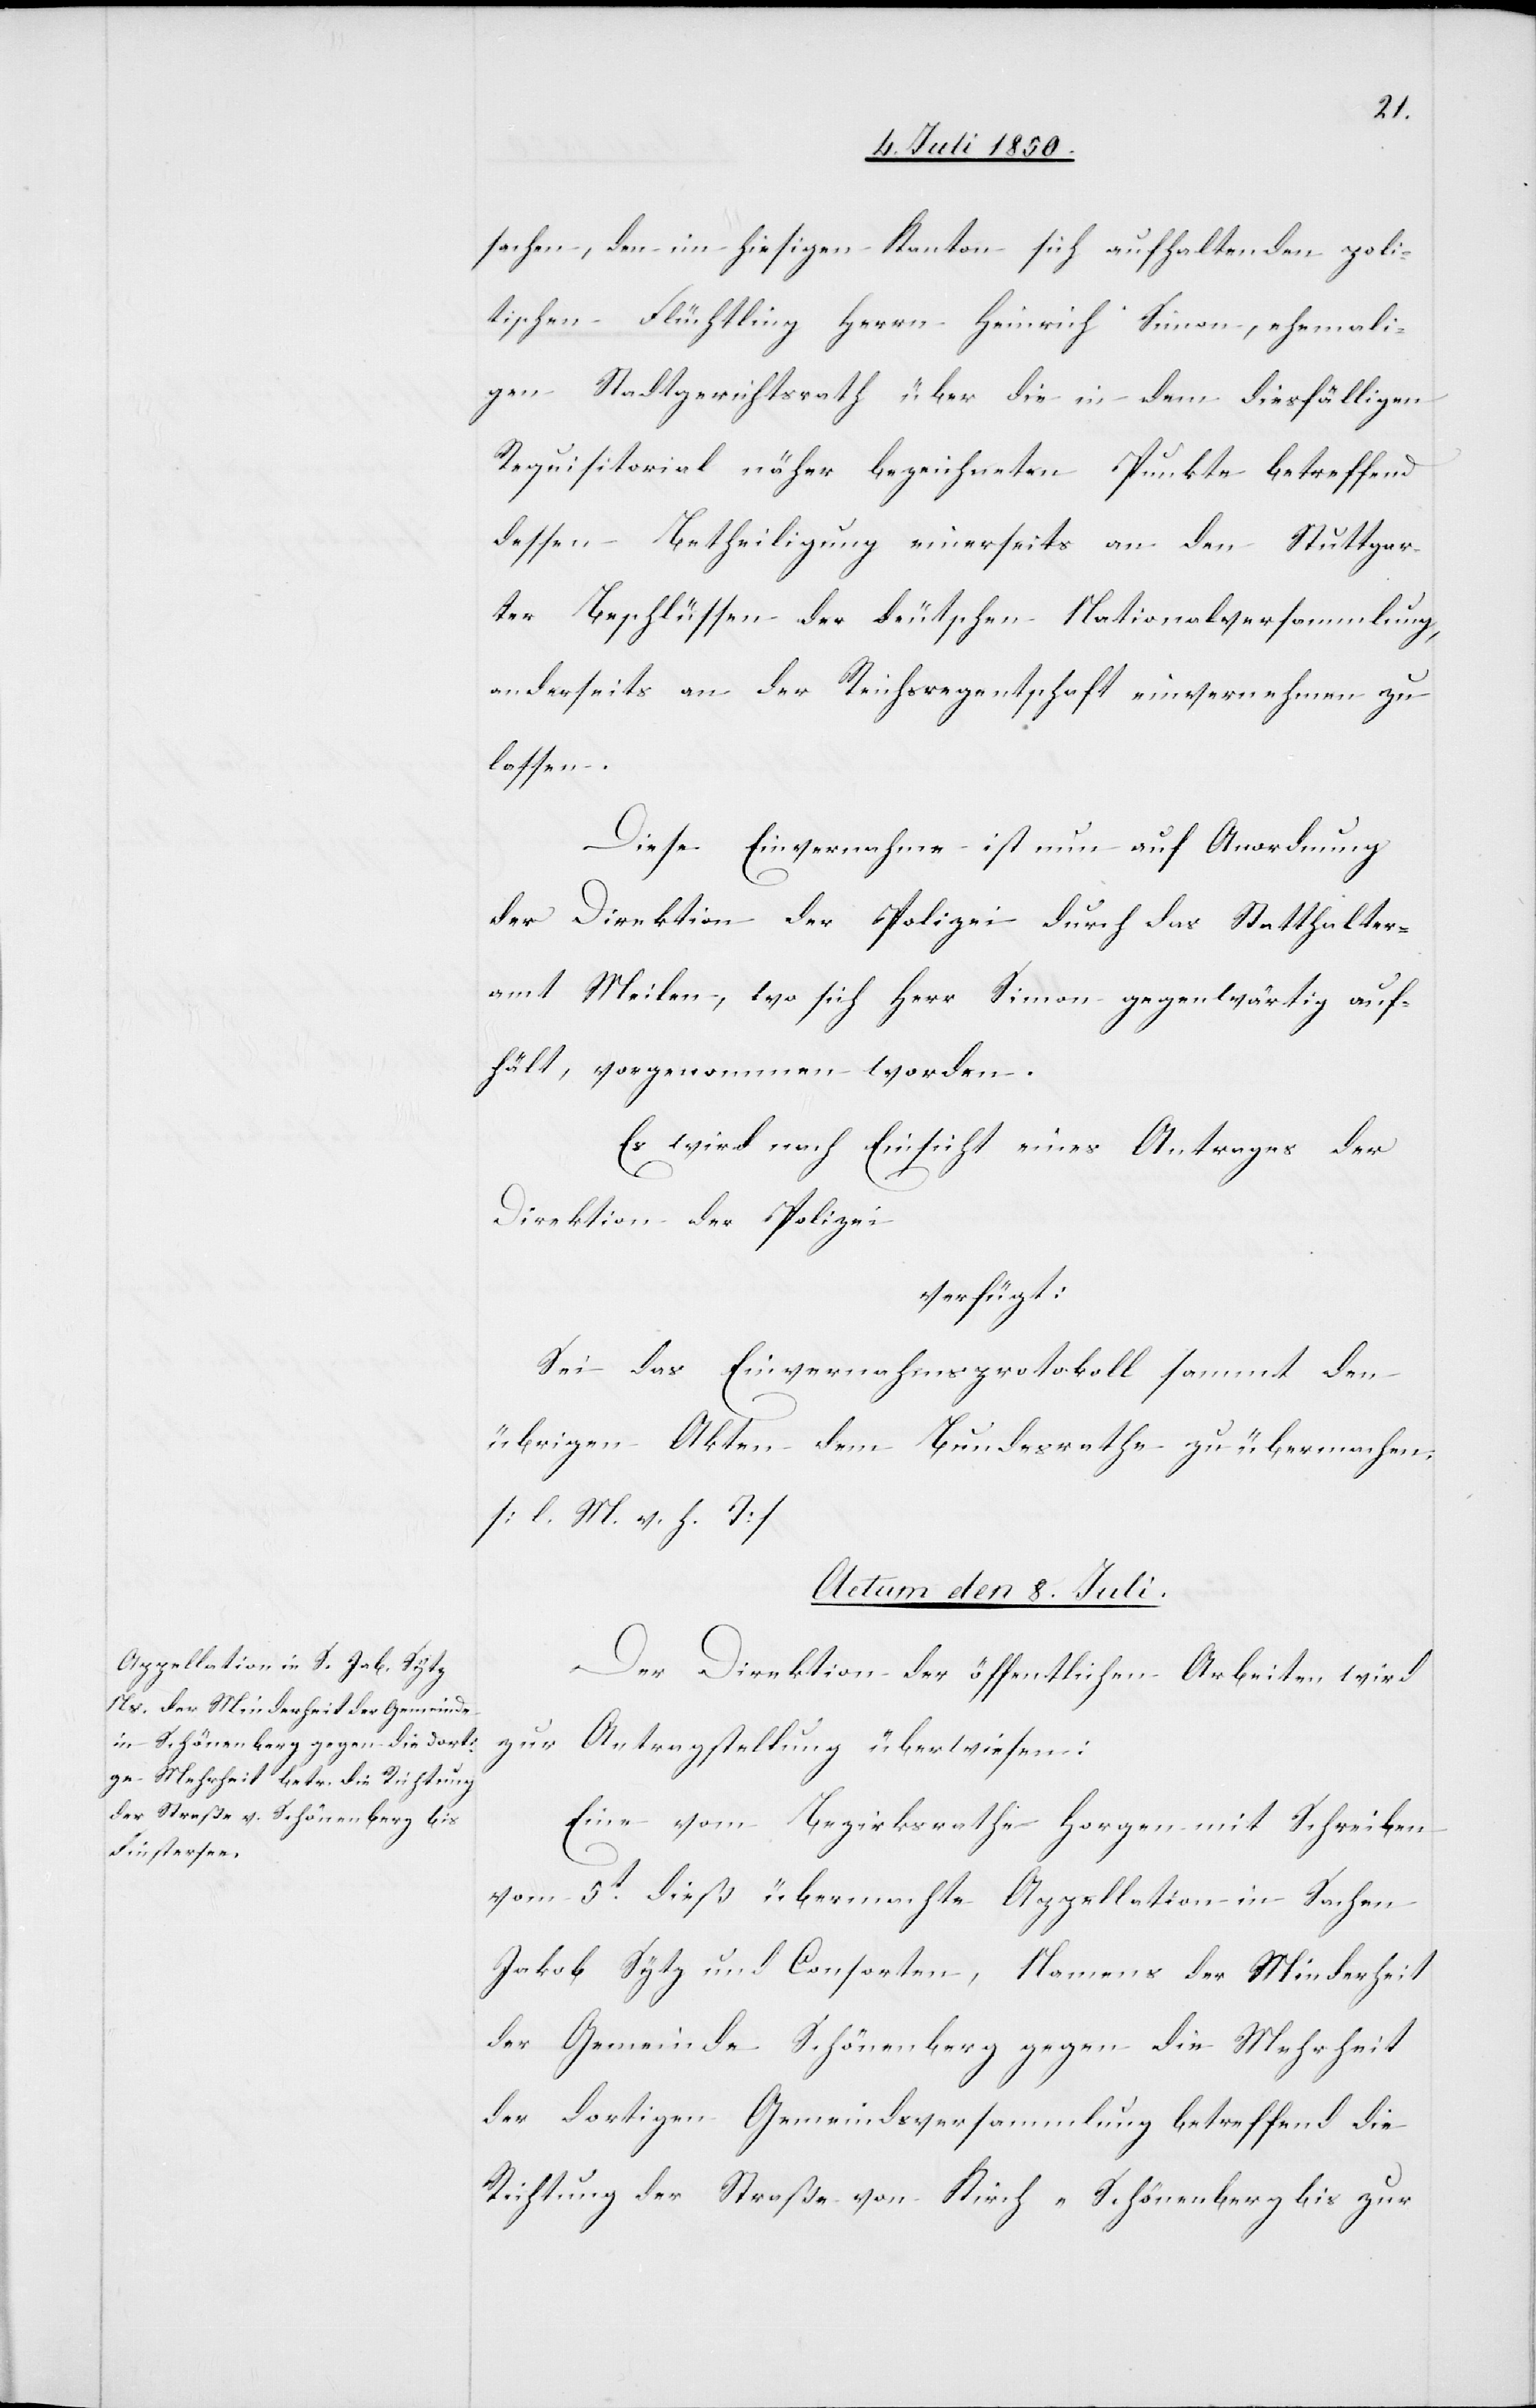
sachen, den im hiesigen Kanton sich aufhaltenden poli¬
tischen Flüchtling Herrn Heinrich Simon, ehemali¬
gen Stadtgerichtsrath über die in dem diesfälligen
Requisitorial näher bezeichneten Punkte betreffend
dessen Betheiligung einerseits an den Stuttgar¬
ter Beschlüssen der deutschen Nationalversammlung,
anderseits an der Reichsregentschaft einvernehmen zu
lassen.
Diese Einvernahme ist nun auf Anordnung
der Direktion der Polizei durch das Statthalter¬
amt Meilen, wo sich Herr Simon gegenwärtig auf¬
hält, vorgenommen worden.
Es wird nach Einsicht eines Antrages der
Direktion der Polizei
verfügt:
Sei das Einvernahmsprotokoll sammt den
übrigen Akten dem Bundesrathe zu übermachen.
[l. M. v. h. T]
Actum den 8. Juli.
Der Direktion der öffentlichen Arbeiten wird
zur Antragstellung überwiesen:
Eine vom Bezirksrathe Horgen mit Schreiben
vom 5t dieß übermachte Appellation in Sachen
Jakob Sytz und Consorten, Namens der Minderheit
der Gemeinde Schönenberg gegen die Mehrheit
der dortigen Gemeindsversammlung betreffend die
Richtung der Straße von Kirch-Schönenberg bis zur